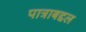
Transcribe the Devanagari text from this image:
पात्राबद्दल